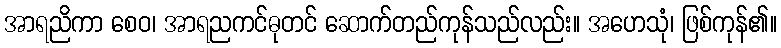
အာရညိကာ စေဝ၊ အာရညကင်ဓုတင် ဆောက်တည်ကုန်သည်လည်း။ အဟေသုံ၊ ဖြစ်ကုန်၏။